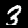
Label: 3